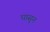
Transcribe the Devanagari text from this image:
घासुन